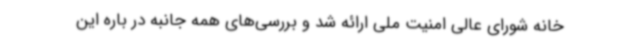
خانه شورای عالی امنیت ملی ارائه شد و بررسی‌های همه جانبه در باره این